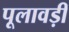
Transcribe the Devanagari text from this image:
पूलावड़ी